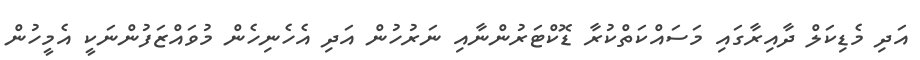
އަދި މެޑިކަލް ދާއިރާގައި މަސައްކަތްކުރާ ޑޮކްޓަރުންނާއި ނަރުހުން އަދި އެހެނިހެން މުވައްޒަފުންނަކީ އެމީހުން